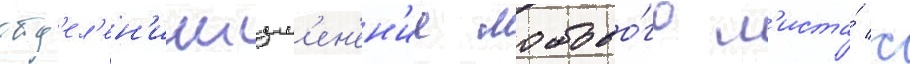
отд'ел'ен'ииизм'ен'ен'ие лобово́го л'иста́ с